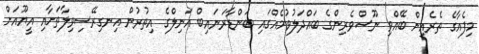
މިފެއާގެ ތެރެއިން ބޭއްވި ނޫސްވެރިންގެ ބައްދަލުވުމެއްގައި ބަންޑާރަނައިބް އަނިލްގެ އިތުރުން އިނގިރޭސިވިލާތަށާއި އީޔޫއަށް